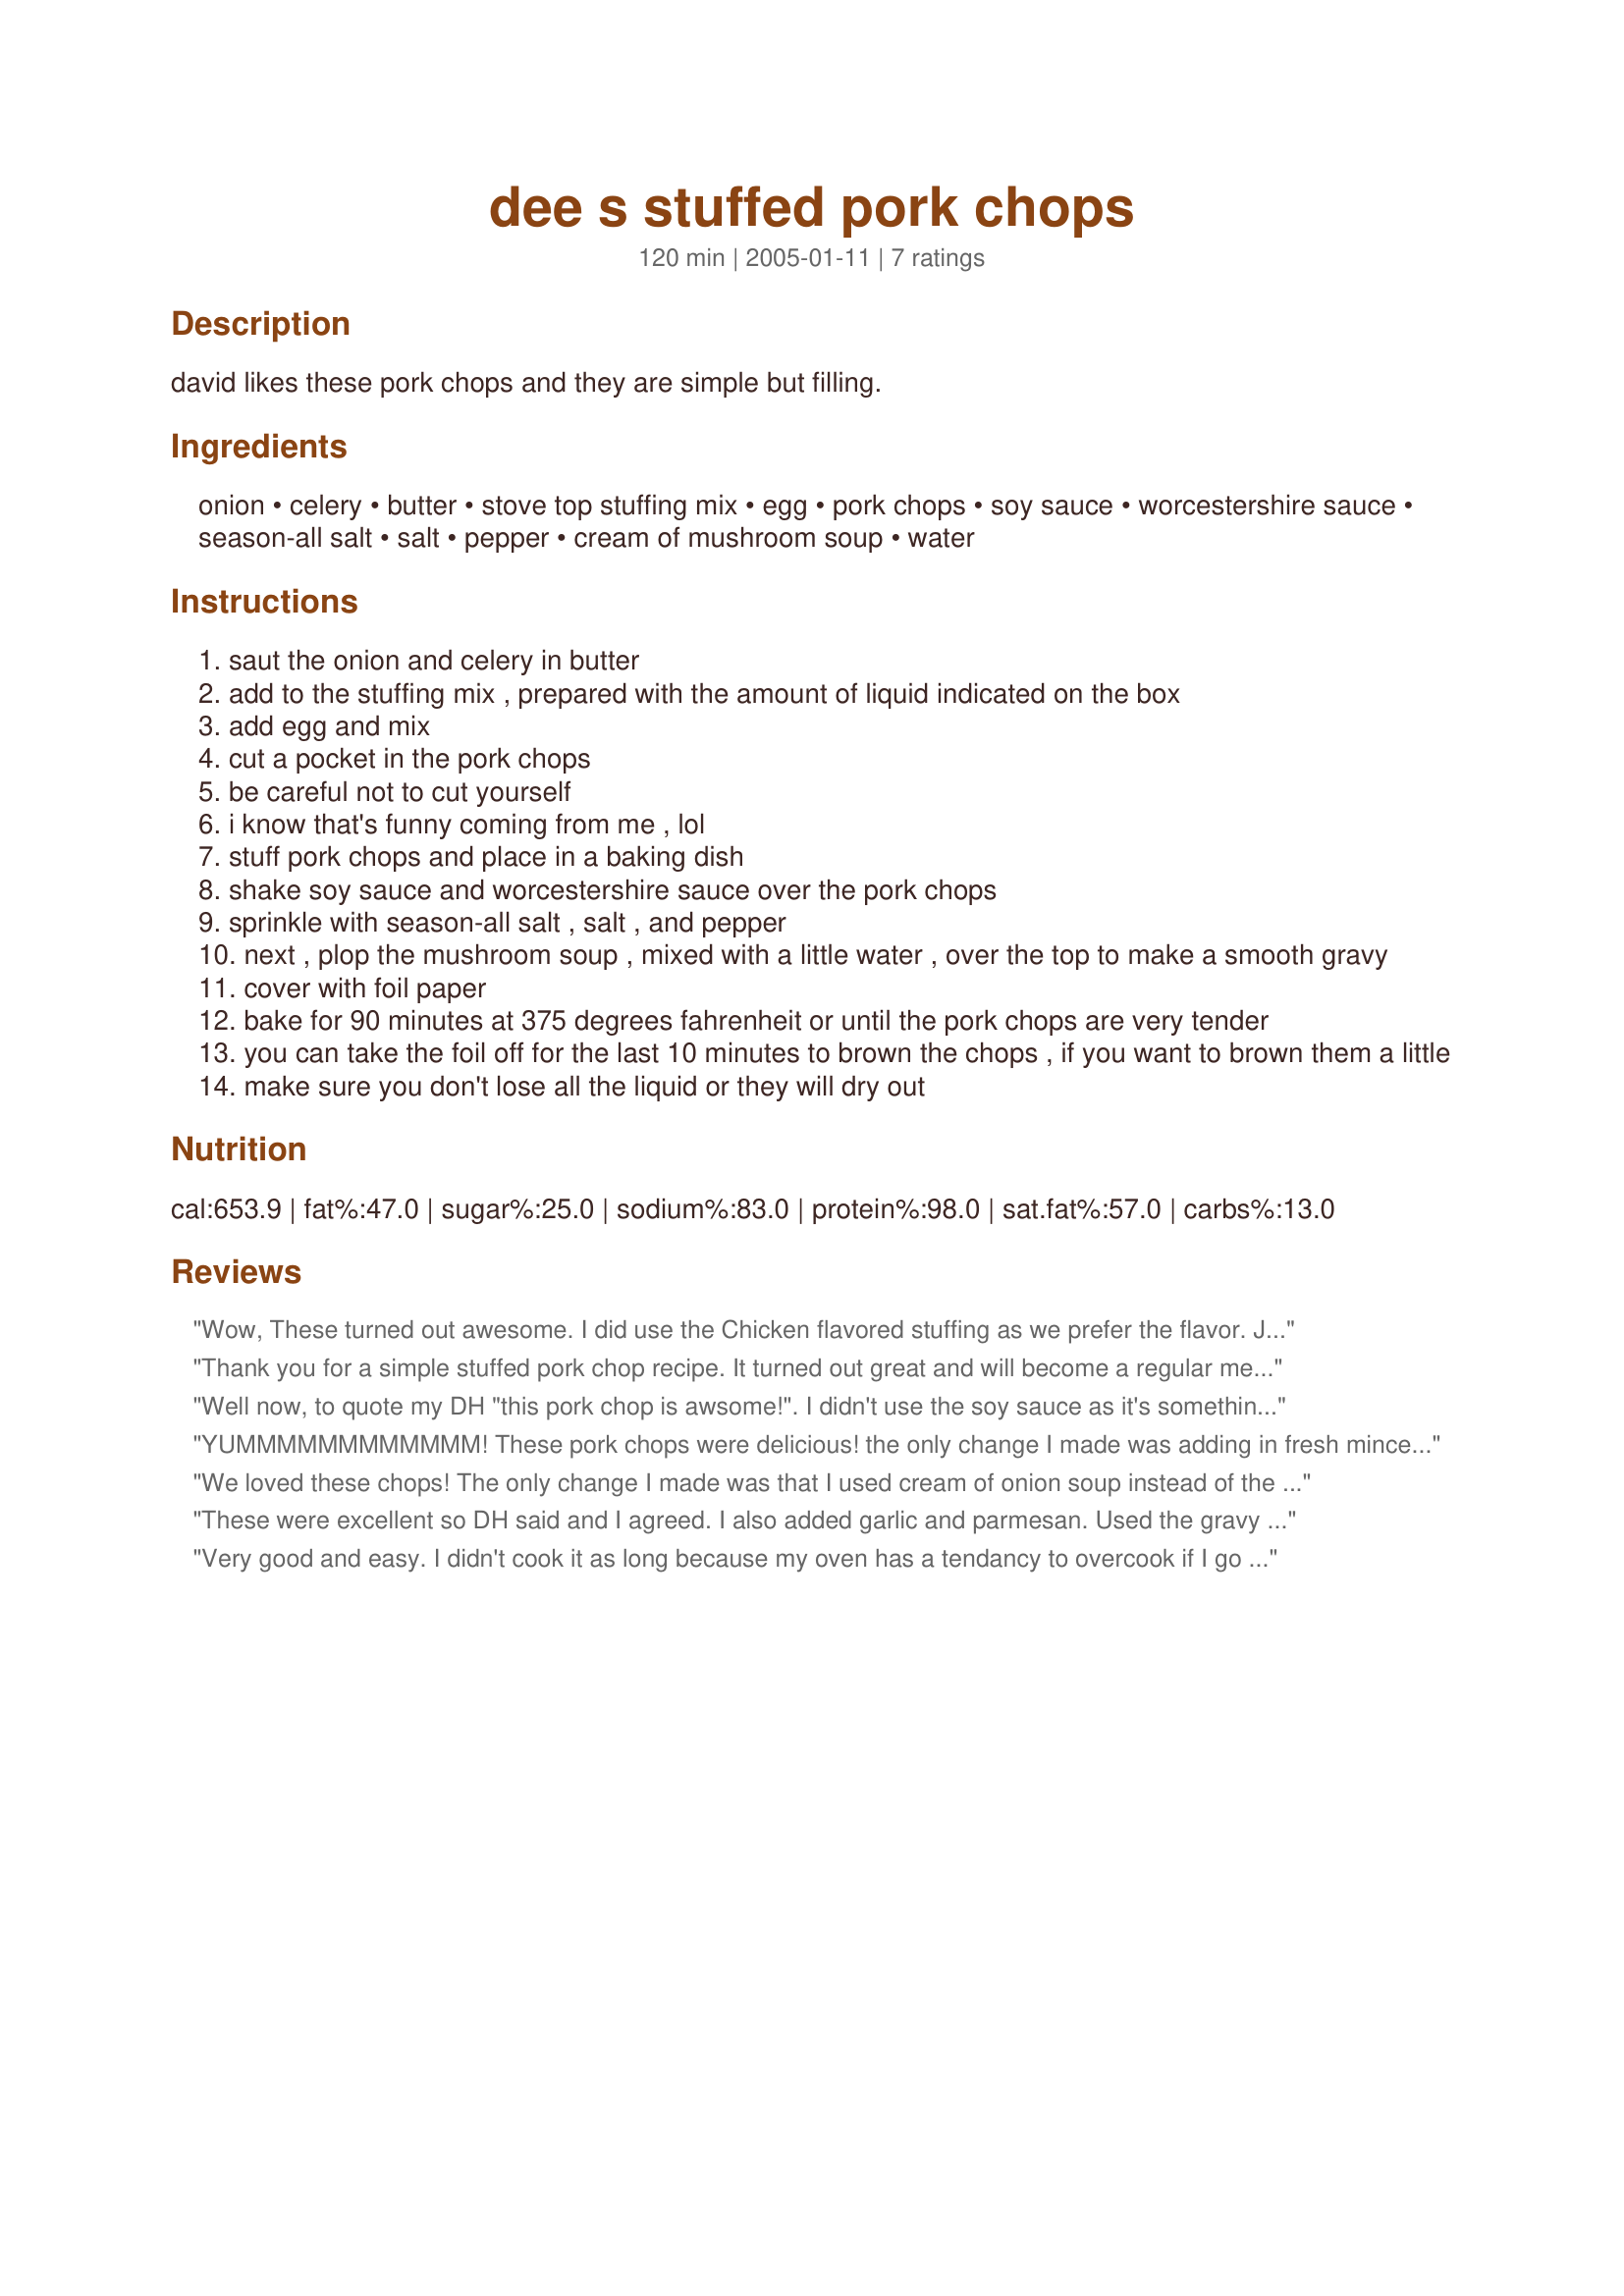
dee s stuffed pork chops
Preparation time: 120 minutes

david likes these pork chops and they are simple but filling.

Ingredients:
onion, celery, butter, stove top stuffing mix, egg, pork chops, soy sauce, worcestershire sauce, season-all salt, salt, pepper, cream of mushroom soup, water

Steps:
saut the onion and celery in butter
add to the stuffing mix , prepared with the amount of liquid indicated on the box
add egg and mix
cut a pocket in the pork chops
be careful not to cut yourself
i know that's funny coming from me , lol
stuff pork chops and place in a baking dish
shake soy sauce and worcestershire sauce over the pork chops
sprinkle with season-all salt , salt , and pepper
next , plop the mushroom soup , mixed with a little water , over the top to make a smooth gravy
cover with foil paper
bake for 90 minutes at 375 degrees fahrenheit or until the pork chops are very tender
you can take the foil off for the last 10 minutes to brown the chops , if you want to brown them a little
make sure you don't lose all the liquid or they will dry out

Reviews:
Wow, These turned out awesome. I did use the Chicken flavored stuffing as we prefer the flavor. Juicy but well cooked. I probably used more Soy and Worcestershire then I was supposed to but mixed with the Mushroom soup it made a fantastic gravy. I made these just for my wife and I but cant wait to make for company. Thanks Dee you Rock...
Thank you for a simple stuffed pork chop recipe. It turned out great and will become a regular meal at our house.
Well now, to quote my DH "this pork chop is awsome!". I didn't use the soy sauce as it's something that I never use. The single change that I'd make next time is to use a bit of milk instead of the water to give the sauce a more creamy flavor. I used 1 x-lg bone in pork chop and that feed two of us tonight with a lunch serving for whoever gets to it first, lol. The chop did come out very moist and tender, I had no problem cutting it with a table knife. This recipe makes a substantial and delicious dinner, thanks for shareing Dee :D
YUMMMMMMMMMMMM! These pork chops were delicious! the only change I made was adding in fresh minced garlic and very finely chopped celery sauteed with the onion. I used really thick pork chops for this recipe, and browned them first before stuffing, I sprinkled some Parmesan cheese over the mushroom soup before baking... what a great recipe! we loved this tonight for dinner, thanx Dienia!
We loved these chops! The only change I made was that I used cream of onion soup instead of the cream of mushroom. The chops were moist and tender and the flavor of the chops and stuffing were delicious. Thanks you Dienia for a wonderful recipe.
These were excellent so DH said and I agreed. I also added garlic and parmesan. Used the gravy on my 1st homemade noodles. A wonderful meal. Gloria
Very good and easy. I didn't cook it as long because my oven has a tendancy to overcook if I go by times. I didn't use the worchester sauce, because I didn't have any. I especially liked that I didn't have to go buy anything special and had all ingredients on hand. Thanks.
